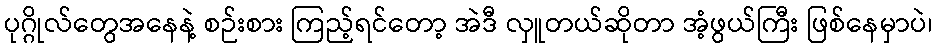
ပုဂ္ဂိုလ်တွေအနေနဲ့ စဉ်းစား ကြည့်ရင်တော့ အဲဒီ လှူတယ်ဆိုတာ အံ့ဖွယ်ကြီး ဖြစ်နေမှာပဲ၊